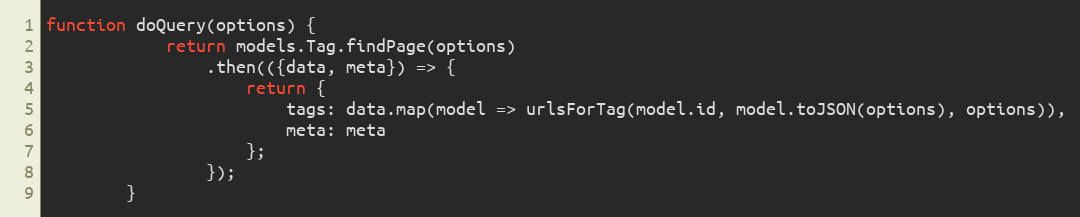
Language: JavaScript
function doQuery(options) {
            return models.Tag.findPage(options)
                .then(({data, meta}) => {
                    return {
                        tags: data.map(model => urlsForTag(model.id, model.toJSON(options), options)),
                        meta: meta
                    };
                });
        }